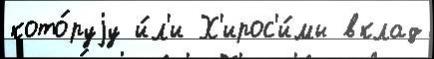
кото́руjу и́л'и Х'ирос'и́мы вклад